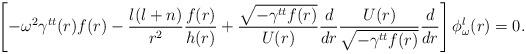
LaTeX: \begin{align*}\left[ -\omega^2 \gamma^{tt}(r) f(r) -{l(l+n)\over r^2}{f(r)\over h(r)}+{\sqrt{-\gamma^{tt} f(r)}\over U(r)}{d\over dr} {U(r)\over \sqrt{-\gamma^{tt} f(r)}}{d\over dr}\right]\phi^l_\omega(r) =0.\end{align*}